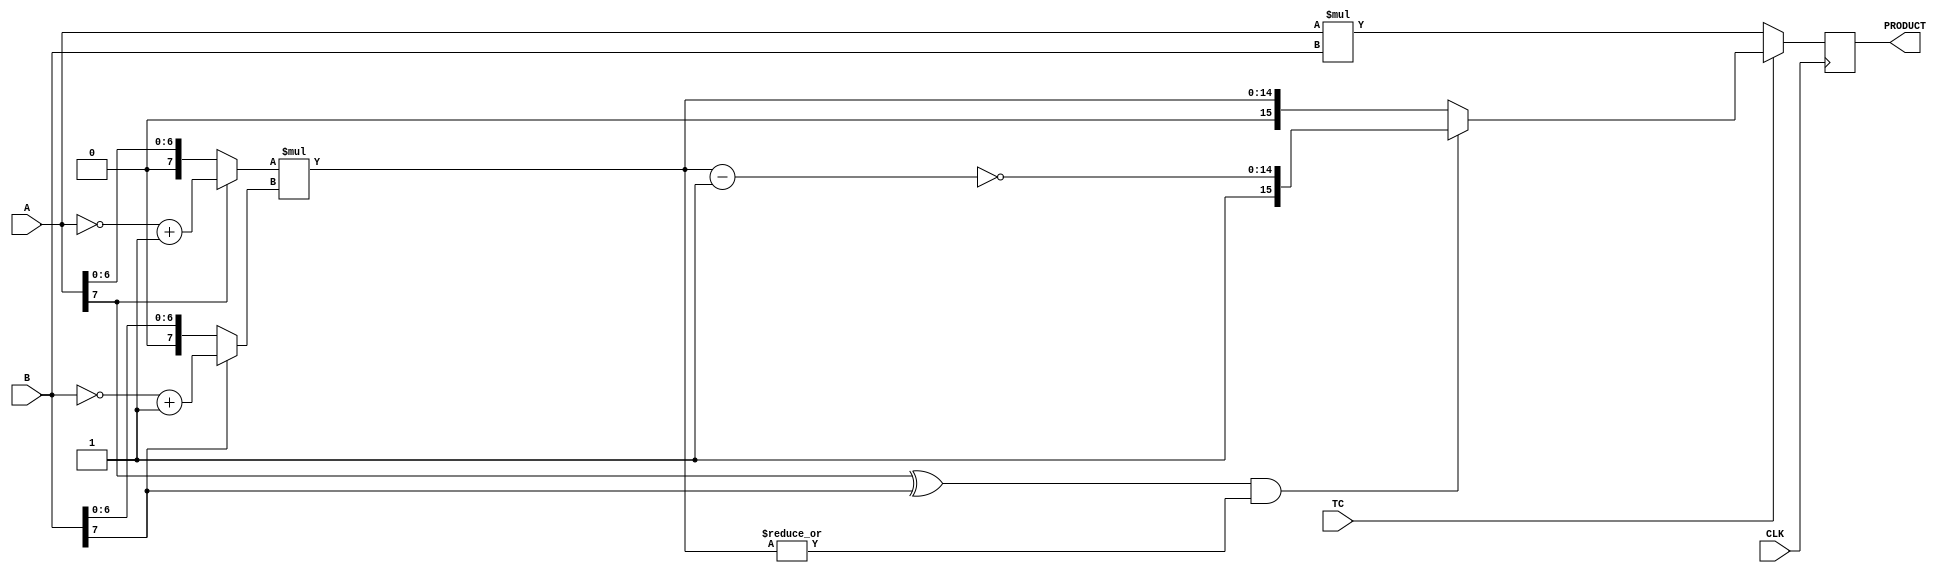
////////////////////////////////////////////////////////////////////////////////
//
//       This confidential and proprietary software may be used only
//     as authorized by a licensing agreement from Synopsys Inc.
//     In the event of publication, the following notice is applicable:
//
//                    (C) COPYRIGHT 1995 - 2016 SYNOPSYS INC.
//                           ALL RIGHTS RESERVED
//
//       The entire notice above must be reproduced on all authorized
//     copies.
//
//
// VERSION:   Simulation Architecture
//
// DesignWare_version: 5480fc40
// DesignWare_release: K-2015.06-DWBB_201506.5.2
//
////////////////////////////////////////////////////////////////////////////////
//-----------------------------------------------------------------------------------
//
// ABSTRACT:  Two-Stage Pipelined Multiplier
//           A_width-Bits * B_width-Bits => A_width+B_width Bits
//           Operands A and B can be either both signed (two's complement) or 
//	     both unsigned numbers. TC determines the coding of the input operands.
//           ie. TC = '1' => signed multiplication
//	         TC = '0' => unsigned multiplication
//
//
//            Move component from DW03 to DW02
//	Jay Zhu, Nov 29, 1999: remove unit delay
//---------------------------------------------------------------------------------
// 
//      WSFDB revision control info 
//		@(#)DW02_mult_2_stage.v	1.1
//
//---------------------------------------------------------------------------------
module DW02_mult_2_stage(A,B,TC,CLK,PRODUCT);
parameter	A_width = 8;
parameter	B_width = 8;
input	[A_width-1:0]	A;
input	[B_width-1:0]	B;
input			TC,CLK;
output	[A_width+B_width-1:0]	PRODUCT;

reg	[A_width+B_width-1:0]	PRODUCT;
wire	[A_width+B_width-1:0]	pre_product;

wire	[A_width-1:0]	temp_a;
wire	[B_width-1:0]	temp_b;
wire	[A_width+B_width-2:0]	long_temp1,long_temp2;

assign	temp_a = (A[A_width-1])? (~A + 1'b1) : A;
assign	temp_b = (B[B_width-1])? (~B + 1'b1) : B;

assign	long_temp1 = temp_a * temp_b;
assign	long_temp2 = ~(long_temp1 - 1'b1);

assign	pre_product = (TC)? (((A[A_width-1] ^ B[B_width-1]) && (|long_temp1))?
				{1'b1,long_temp2} : {1'b0,long_temp1})
			: A * B;

always @ (posedge CLK)
begin
	PRODUCT <= pre_product;
end

endmodule